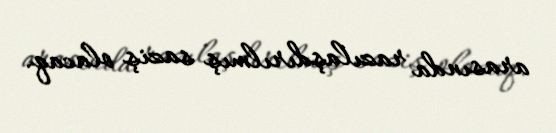
arasında razılaşdırılmış saziş olacaq.